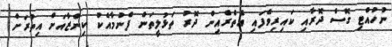
ނުހުއްޓި ގޮސް ދޮރާއި ކައިރިވެފައި އެތެރެއިން ދޮރު ތަޅުލީތަން ފެނުމާއެކު ކިންޒާއަށް އިތުރަށް